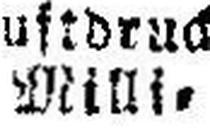
Milli¬